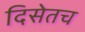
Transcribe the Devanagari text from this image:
दिसेतच